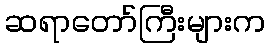
ဆရာတော်ကြီးများက